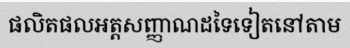
ផលិតផលអត្តសញ្ញាណដទៃទៀតនៅតាម